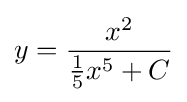
y={\frac {x^{2}}{{\frac {1}{5}}x^{5}+C}}